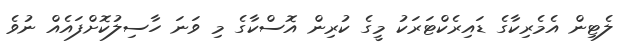
ލެޓިން އެމެރިކާގެ ޑައިރެކްޓަރަކު މީގެ ކުރިން އޮސްކާގެ މި ވަނަ ހާސިލުކޮށްފައެއް ނުވެ